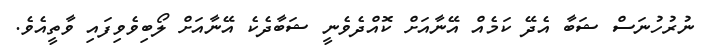
ނުރުހުނަސް ޝަބާ އެދޭ ކަމެއް އޭނާއަށް ކޮއްދެވެނީ ޝަބާދެކެ އޭނާއަށް ލޯބިވެވިފައި ވާތީއެވެ.